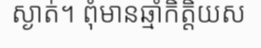
ស្ងាត់។ ពុំមានឆ្មាំកិត្តិយស